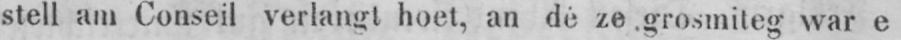
stell am Conseil verlangt hoet, an dé ze grosmiteg war e